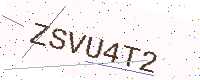
Text: ZSVU4T2